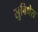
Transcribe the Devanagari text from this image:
सुविधेस